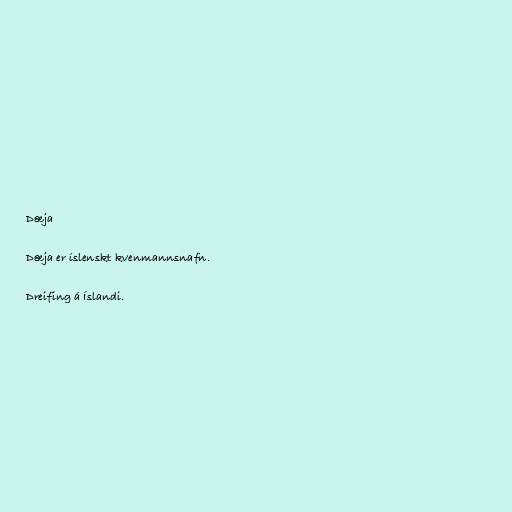
Dæja

Dæja er íslenskt kvenmannsnafn.

Dreifing á Íslandi.